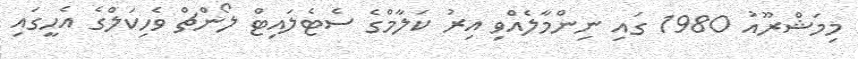
މިމަޝްރޫއު 1980 ގައި ނިންމާލެއްވި އިރު ކަލާމްގެ ސެޓެލައިޓް ލޯންޗް ވެހިކަލްގެ އެހީގައި